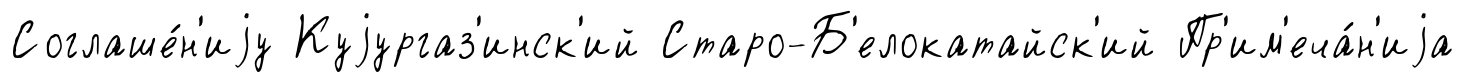
Соглаше́н'иjу Куjургаз'инск'ий Старо-Б'елокатайск'ий Пр'им'еча́н'иjа